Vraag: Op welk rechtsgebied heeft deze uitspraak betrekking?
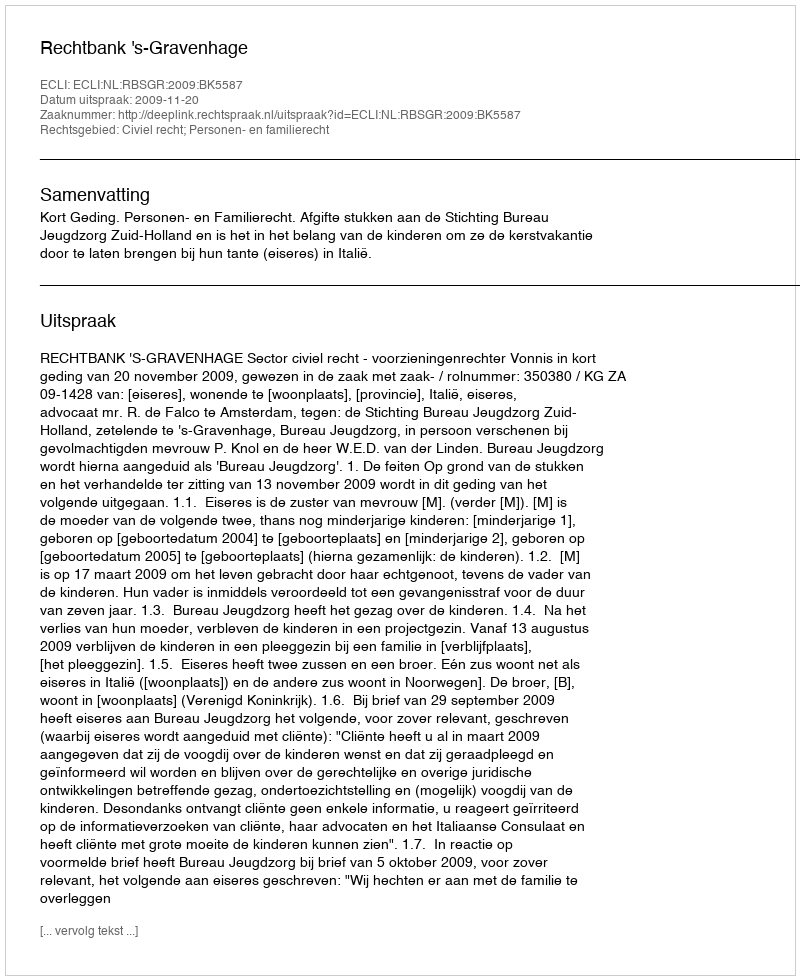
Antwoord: Civiel recht; Personen- en familierecht